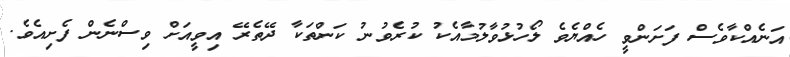
އަނެއްކާވެސް ފަށަންވީ ހެއްޔެވެ ލޯހުޅުވާލުމާއެކު ކުރެވުނު ކަންތަކާ ދޭތެރޭ އިވީއަށް ވިސްނެން ފެށިއެވެ.